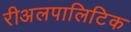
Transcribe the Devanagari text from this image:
रीअलपालिटिक